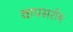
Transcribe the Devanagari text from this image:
वापसरोय